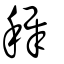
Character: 穉